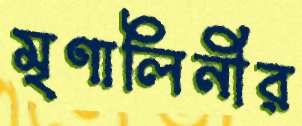
মৃণালিনীর